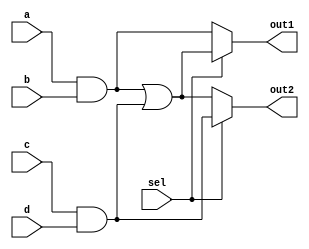
module combinational_logic (
    input wire a,
    input wire b,
    input wire c,
    input wire d,
    input wire sel, // Selector for multiplexer
    output wire out1,
    output wire out2
);

// Intermediate variables for common sub-expressions
wire ab;          // Common expression: a AND b
wire cd;          // Common expression: c AND d
wire ab_cd;       // Common expression: ab OR cd

// Common sub-expressions
assign ab = a & b;       // Calculate a AND b
assign cd = c & d;       // Calculate c AND d
assign ab_cd = ab | cd;  // Calculate a AND b OR c AND d

// Output logic using multiplexers
assign out1 = sel ? ab_cd : ab; // Output based on selector
assign out2 = sel ? cd : ab_cd;  // Another output based on selector

endmodule